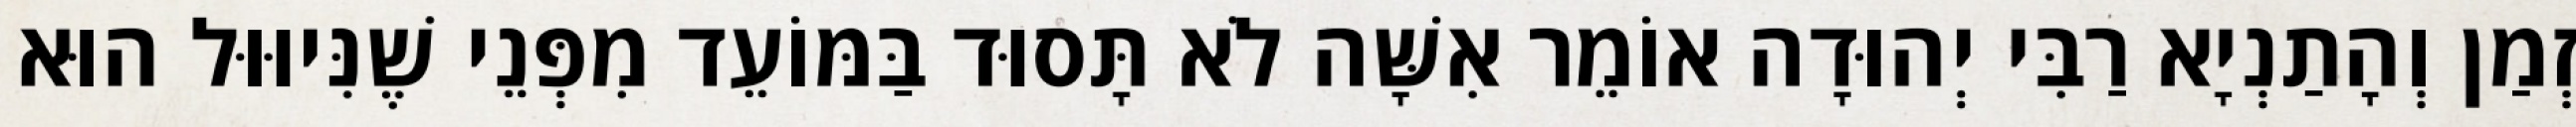
זְמַן וְהָתַנְיָא רַבִּי יְהוּדָה אוֹמֵר אִשָּׁה לֹא תָּסוּד בַּמּוֹעֵד מִפְּנֵי שֶׁנִּיוּוּל הוּא